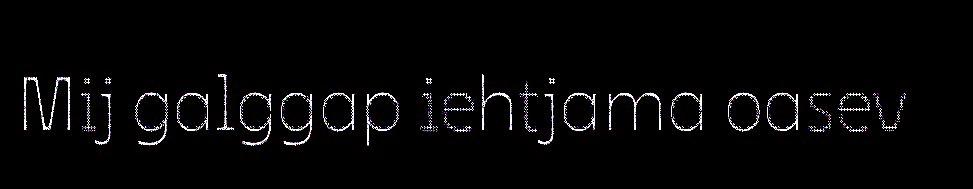
Mij galggap iehtjama oasev